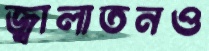
জ্বালাতনও